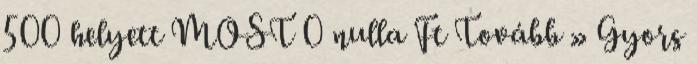
500 helyett MOST 0 nulla Ft Tovább » Gyors